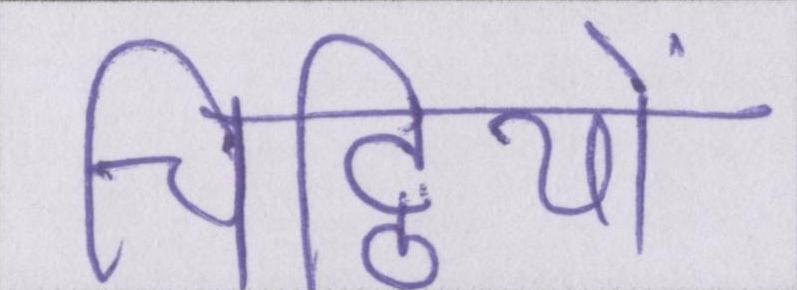
चिट्ठियों